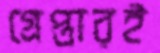
গ্রেপ্তারই